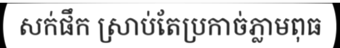
សក់ផឹក ស្រាប់តែប្រកាច់ភ្លាមពុធ